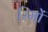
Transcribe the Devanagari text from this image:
रिमों